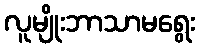
လူမျိုးဘာသာမရွေး